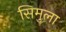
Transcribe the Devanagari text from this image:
सिमुला